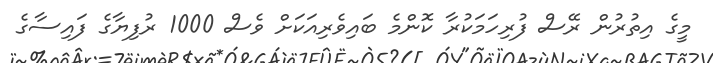
މީގެ އިތުރުން ރޭސް ފުރިހަމަކުރާ ކޮންމެ ބައިވެރިއަކަށް ވެސް 1000 ރުފިޔާގެ ފައިސާގެ